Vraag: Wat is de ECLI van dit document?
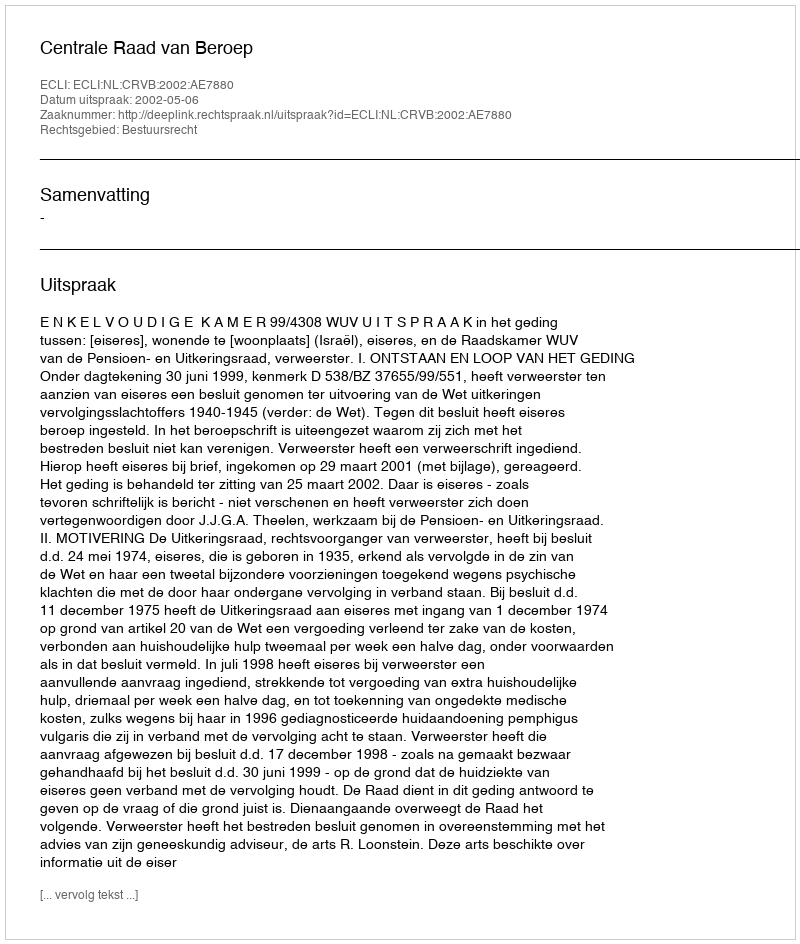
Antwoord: ECLI:NL:CRVB:2002:AE7880